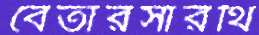
বেতারসারথি